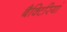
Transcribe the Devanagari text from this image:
बैक्टिरियां